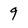
Character: 9